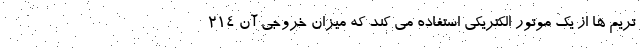
تریم ها از یک موتور الکتریکی استفاده می کند که میزان خروجی آن 214